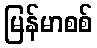
မြန်မာစစ်